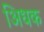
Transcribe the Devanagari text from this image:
अिधक